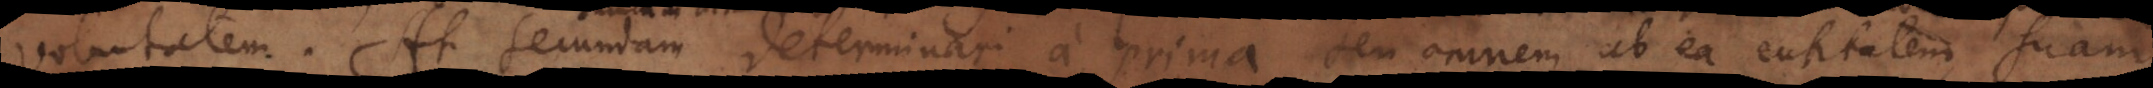
voluntatem. At secundam determinari a prima, seu omnem ab ea entitatem suam